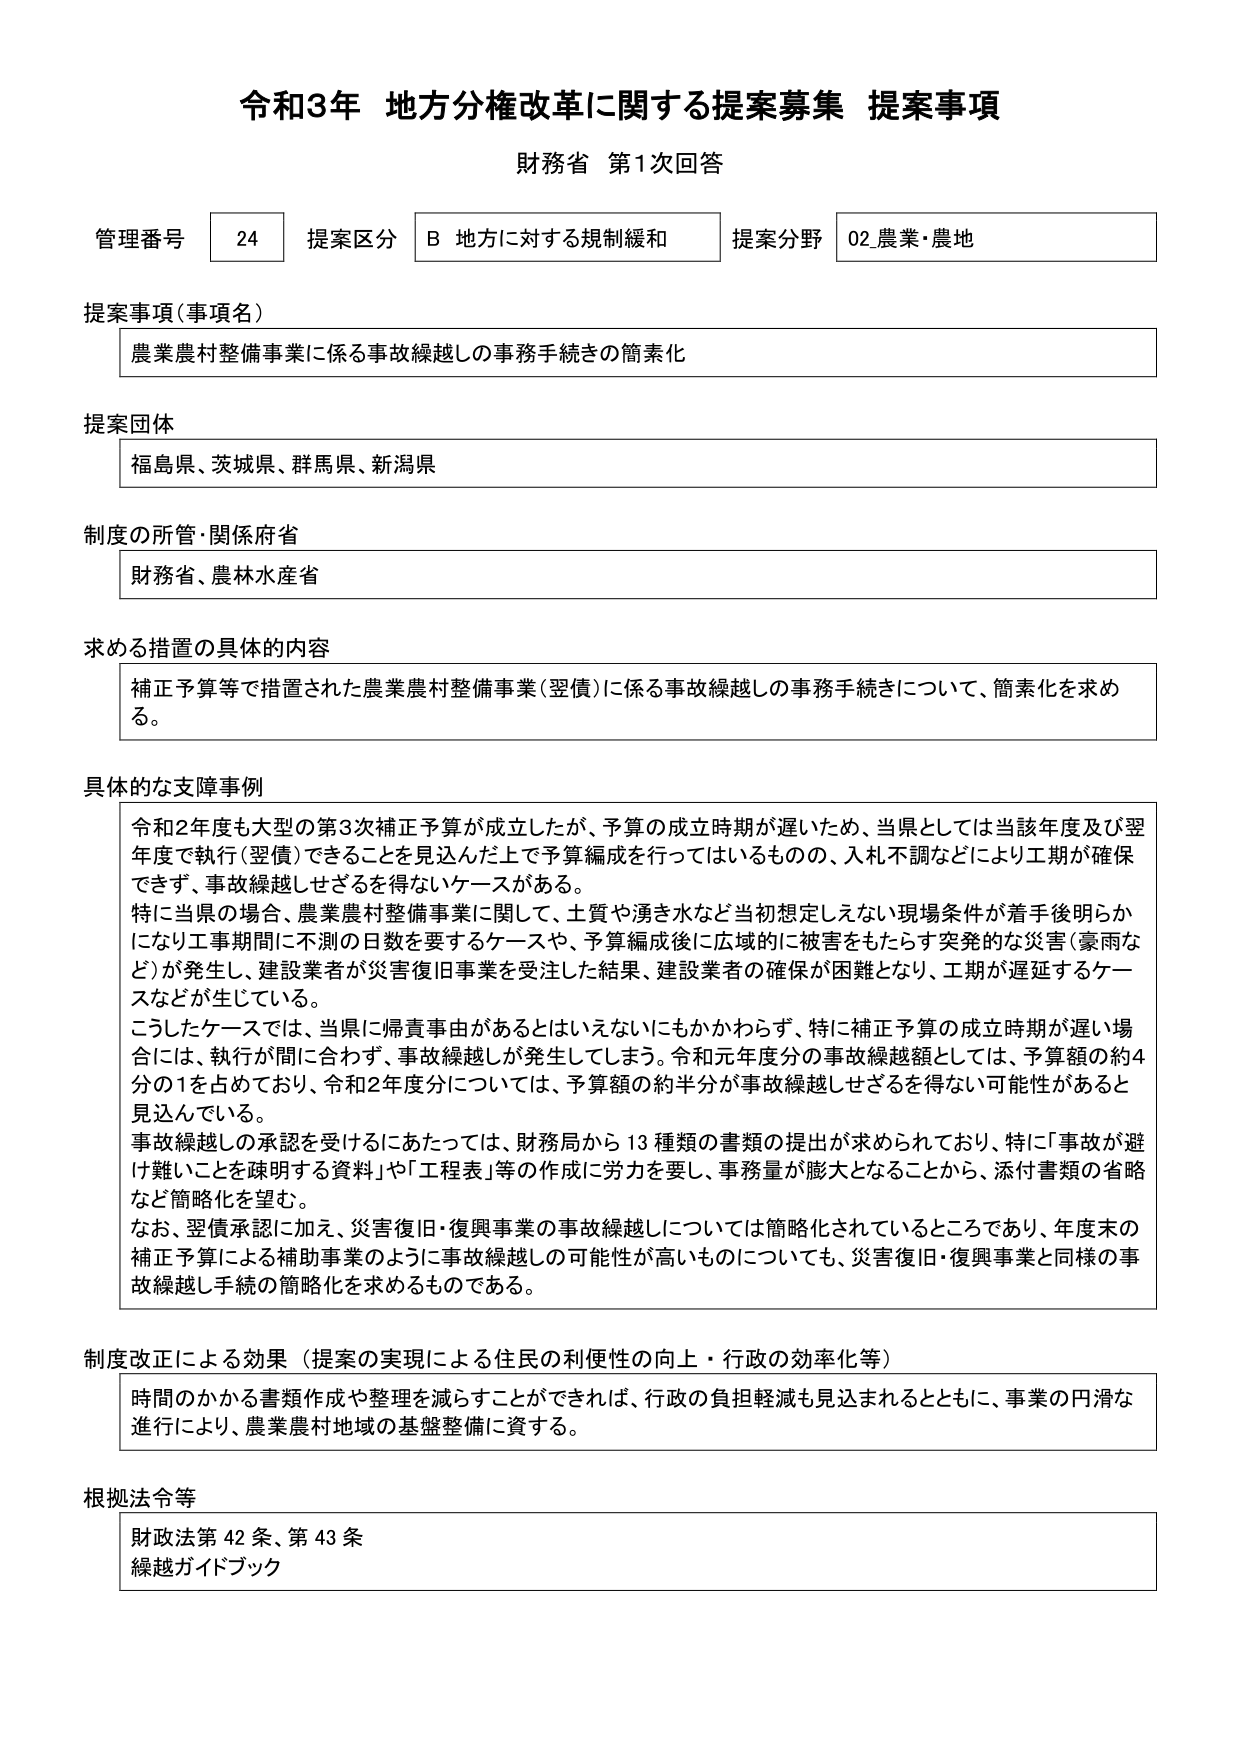
令和3年 地方分権改革に関する提案募集 提案事項
財務省 第1次回答

管理番号 24 提案区分 B 地方に対する規制緩和 提案分野 02_農業・農地

提案事項（事項名）
農業農村整備事業に係る事故繰越しの事務手続きの簡素化

提案団体
福島県、茨城県、群馬県、新潟県

制度の所管・関係府省
財務省、農林水産省

求める措置の具体的内容
補正予算等で措置された農業農村整備事業（翌債）に係る事故繰越しの事務手続きについて、簡素化を求める。

具体的な支障事例
令和2年度も大型の第3次補正予算が成立したが、予算の成立時期が遅いため、当県としては当該年度及び翌年度で執行（翌債）できることを見込んだ上で予算編成を行ってはいるものの、入札不調などにより工期が確保できず、事故繰越しせざるを得ないケースがある。
特に当県の場合、農業農村整備事業に関して、土質や湧き水など当初想定しえない現場条件が着手後明らかになり工事期間に不測の日数を要するケースや、予算編成後に広域的に被害をもたらす突発的な災害（豪雨など）が発生し、建設業者が災害復旧事業を受注した結果、建設業者の確保が困難となり、工期が遅延するケースなどが生じている。
こうしたケースでは、当県に帰責事由があるとはいえないにもかかわらず、特に補正予算の成立時期が遅い場合には、執行が間に合わず、事故繰越しが発生してしまう。令和元年度分の事故繰越額としては、予算額の約4分の1を占めており、令和2年度分については、予算額の約半分が事故繰越しせざるを得ない可能性があると見込んでいる。
事故繰越しの承認を受けるにあたっては、財務局から13種類の書類の提出が求められており、特に「事故が避け難いことを疎明する資料」や「工程表」等の作成に労力を要し、事務量が膨大となることから、添付書類の省略など簡略化を望む。
なお、翌債承認に加え、災害復旧・復興事業の事故繰越しについては簡略化されているところであり、年度末の補正予算による補助事業のように事故繰越しの可能性が高いものについても、災害復旧・復興事業と同様の事故繰越し手続の簡略化を求めるものである。

制度改正による効果（提案の実現による住民の利便性の向上・行政の効率化等）
時間のかかる書類作成や整理を減らすことができれば、行政の負担軽減も見込まれるとともに、事業の円滑な進行により、農業農村地域の基盤整備に資する。

根拠法令等
財政法第42条、第43条
繰越ガイドブック